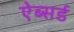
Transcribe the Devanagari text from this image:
ऐब्सर्ड